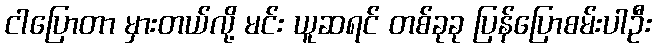
ငါပြောတာ မှားတယ်လို့ မင်း ယူဆရင် တစ်ခုခု ပြန်ပြောစမ်းပါဦး